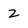
Character: z